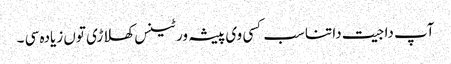
آپ دا جیت دا تناسب کسی وی پیشہ ور ٹینس کھلاڑی تو‏ں زیادہ سی ۔